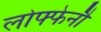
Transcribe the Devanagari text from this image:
लोफ्फेनौ